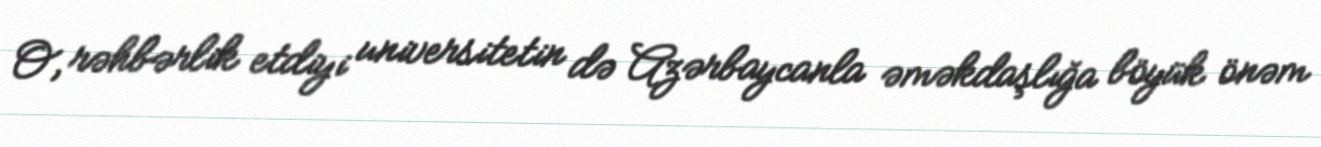
O, rəhbərlik etdiyi universitetin də Azərbaycanla əməkdaşlığa böyük önəm